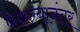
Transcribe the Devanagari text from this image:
फेकल्यानंतर